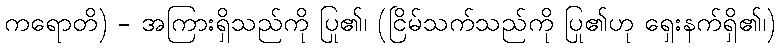
ကရောတိ) - အကြားရှိသည်ကို ပြု၏၊ (ငြိမ်သက်သည်ကို ပြု၏ဟု ရှေးနက်ရှိ၏၊)